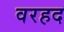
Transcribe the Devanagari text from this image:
वरहद